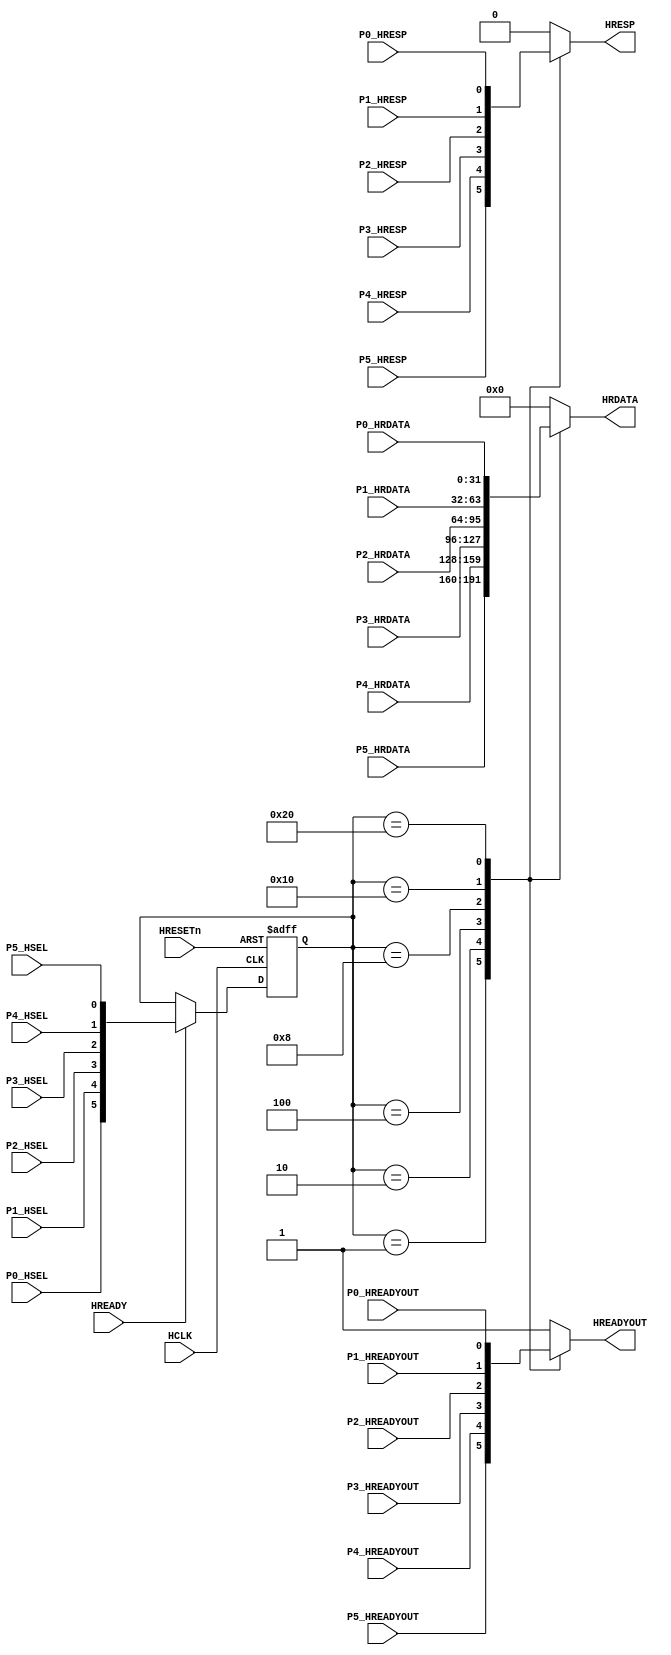
/*
 * @Author: Xuejian Sun 
 * @Date: 2023-02-23 13:14:08 
 * @Last Modified by: Xuejian Sun
 * @Last Modified time: 2023-03-27 16:51:33
 */

module AHBlite_SlaveMUX (
  input HCLK,
  input HRESETn,
  input HREADY,

  //port 0
  input P0_HSEL,
  input P0_HREADYOUT,
  input P0_HRESP,
  input [31:0] P0_HRDATA,

  //port 1
  input P1_HSEL,
  input P1_HREADYOUT,
  input P1_HRESP,
  input [31:0] P1_HRDATA,

  //port 2
  input P2_HSEL,
  input P2_HREADYOUT,
  input P2_HRESP,
  input [31:0] P2_HRDATA,

  //port 3
  input P3_HSEL,
  input P3_HREADYOUT,
  input P3_HRESP,
  input [31:0] P3_HRDATA,

  //port 4
  input P4_HSEL,
  input P4_HREADYOUT,
  input P4_HRESP,
  input [31:0] P4_HRDATA,

  //port 5
  input P5_HSEL,
  input P5_HREADYOUT,
  input P5_HRESP,
  input [31:0] P5_HRDATA,

  //output
  output wire HREADYOUT,
  output wire HRESP,
  output wire [31:0] HRDATA
);

  //reg the hsel
  reg [5:0] hsel_reg;

  always@(posedge HCLK or negedge HRESETn) begin
      if(~HRESETn) hsel_reg <= 6'b0;
      else if(HREADY) hsel_reg <= {P0_HSEL,P1_HSEL,P2_HSEL,P3_HSEL,P4_HSEL,P5_HSEL};
  end

  //hready mux
  reg hready_mux;

  always@(*) begin
      case(hsel_reg)
      6'b000001 : begin hready_mux = P5_HREADYOUT;end
      6'b000010 : begin hready_mux = P4_HREADYOUT;end
      6'b000100 : begin hready_mux = P3_HREADYOUT;end
      6'b001000 : begin hready_mux = P2_HREADYOUT;end
      6'b010000 : begin hready_mux = P1_HREADYOUT;end
      6'b100000 : begin hready_mux = P0_HREADYOUT;end
      default : begin hready_mux = 1'b1;end
      endcase
  end

  assign HREADYOUT = hready_mux;

  //hresp mux
  reg hresp_mux;

  always@(*) begin
      case(hsel_reg)
      6'b000001 : begin hresp_mux = P5_HRESP;end
      6'b000010 : begin hresp_mux = P4_HRESP;end
      6'b000100 : begin hresp_mux = P3_HRESP;end
      6'b001000 : begin hresp_mux = P2_HRESP;end
      6'b010000 : begin hresp_mux = P1_HRESP;end
      6'b100000 : begin hresp_mux = P0_HRESP;end
      default : begin hresp_mux = 1'b0;end
      endcase
  end

  assign HRESP = hresp_mux;

  //hrdata mux
  reg [31:0] hrdata_mux;

  always@(*) begin
      case(hsel_reg)
      6'b000001 : begin hrdata_mux = P5_HRDATA;end
      6'b000010 : begin hrdata_mux = P4_HRDATA;end
      6'b000100 : begin hrdata_mux = P3_HRDATA;end
      6'b001000 : begin hrdata_mux = P2_HRDATA;end
      6'b010000 : begin hrdata_mux = P1_HRDATA;end
      6'b100000 : begin hrdata_mux = P0_HRDATA;end
      default : begin hrdata_mux = 32'b0;end
      endcase
  end

  assign HRDATA = hrdata_mux;

endmodule